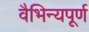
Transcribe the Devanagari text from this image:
वैभिन्यपूर्ण